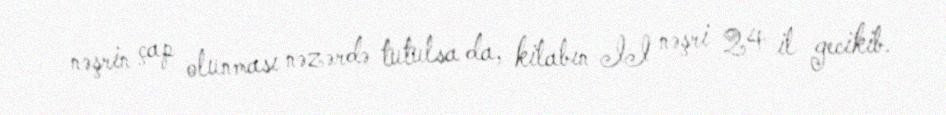
nəşrin çap olunması nəzərdə tutulsa da, kitabın II nəşri 24 il gecikib.